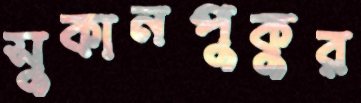
সুকানপুকুর